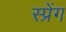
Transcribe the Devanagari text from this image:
स्प्रेंग